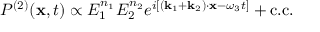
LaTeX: P ^ { ( 2 ) } ( \mathbf { x } , t ) \propto E _ { 1 } ^ { n _ { 1 } } E _ { 2 } ^ { n _ { 2 } } e ^ { i [ ( \mathbf { k } _ { 1 } + \mathbf { k } _ { 2 } ) \cdot \mathbf { x } - \omega _ { 3 } t ] } + { \mathrm { c . c . } }